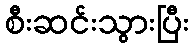
စီးဆင်းသွားပြီး